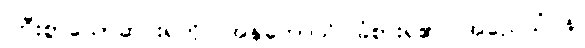
ကြီးစွာသောဆင်းရဲကို။ အနုဘောသိ၊ ခံစားရ၏။ အညေသံပန၊